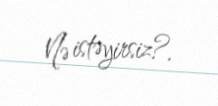
Nə istəyirsiz?.